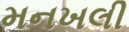
મનખલી